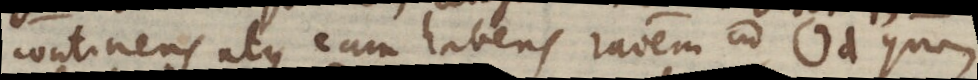
continens atque eam habens ravem ad Od quae